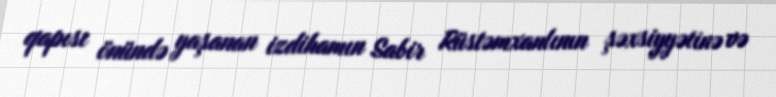
qapısı önündə yaşanan izdihamın Sabir Rüstəmxanlının şəxsiyyətinə və